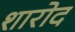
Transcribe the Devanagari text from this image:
शारोद